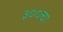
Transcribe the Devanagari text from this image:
३००चा